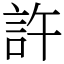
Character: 許